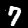
Label: 7